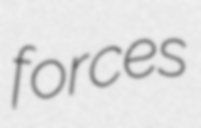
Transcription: forces